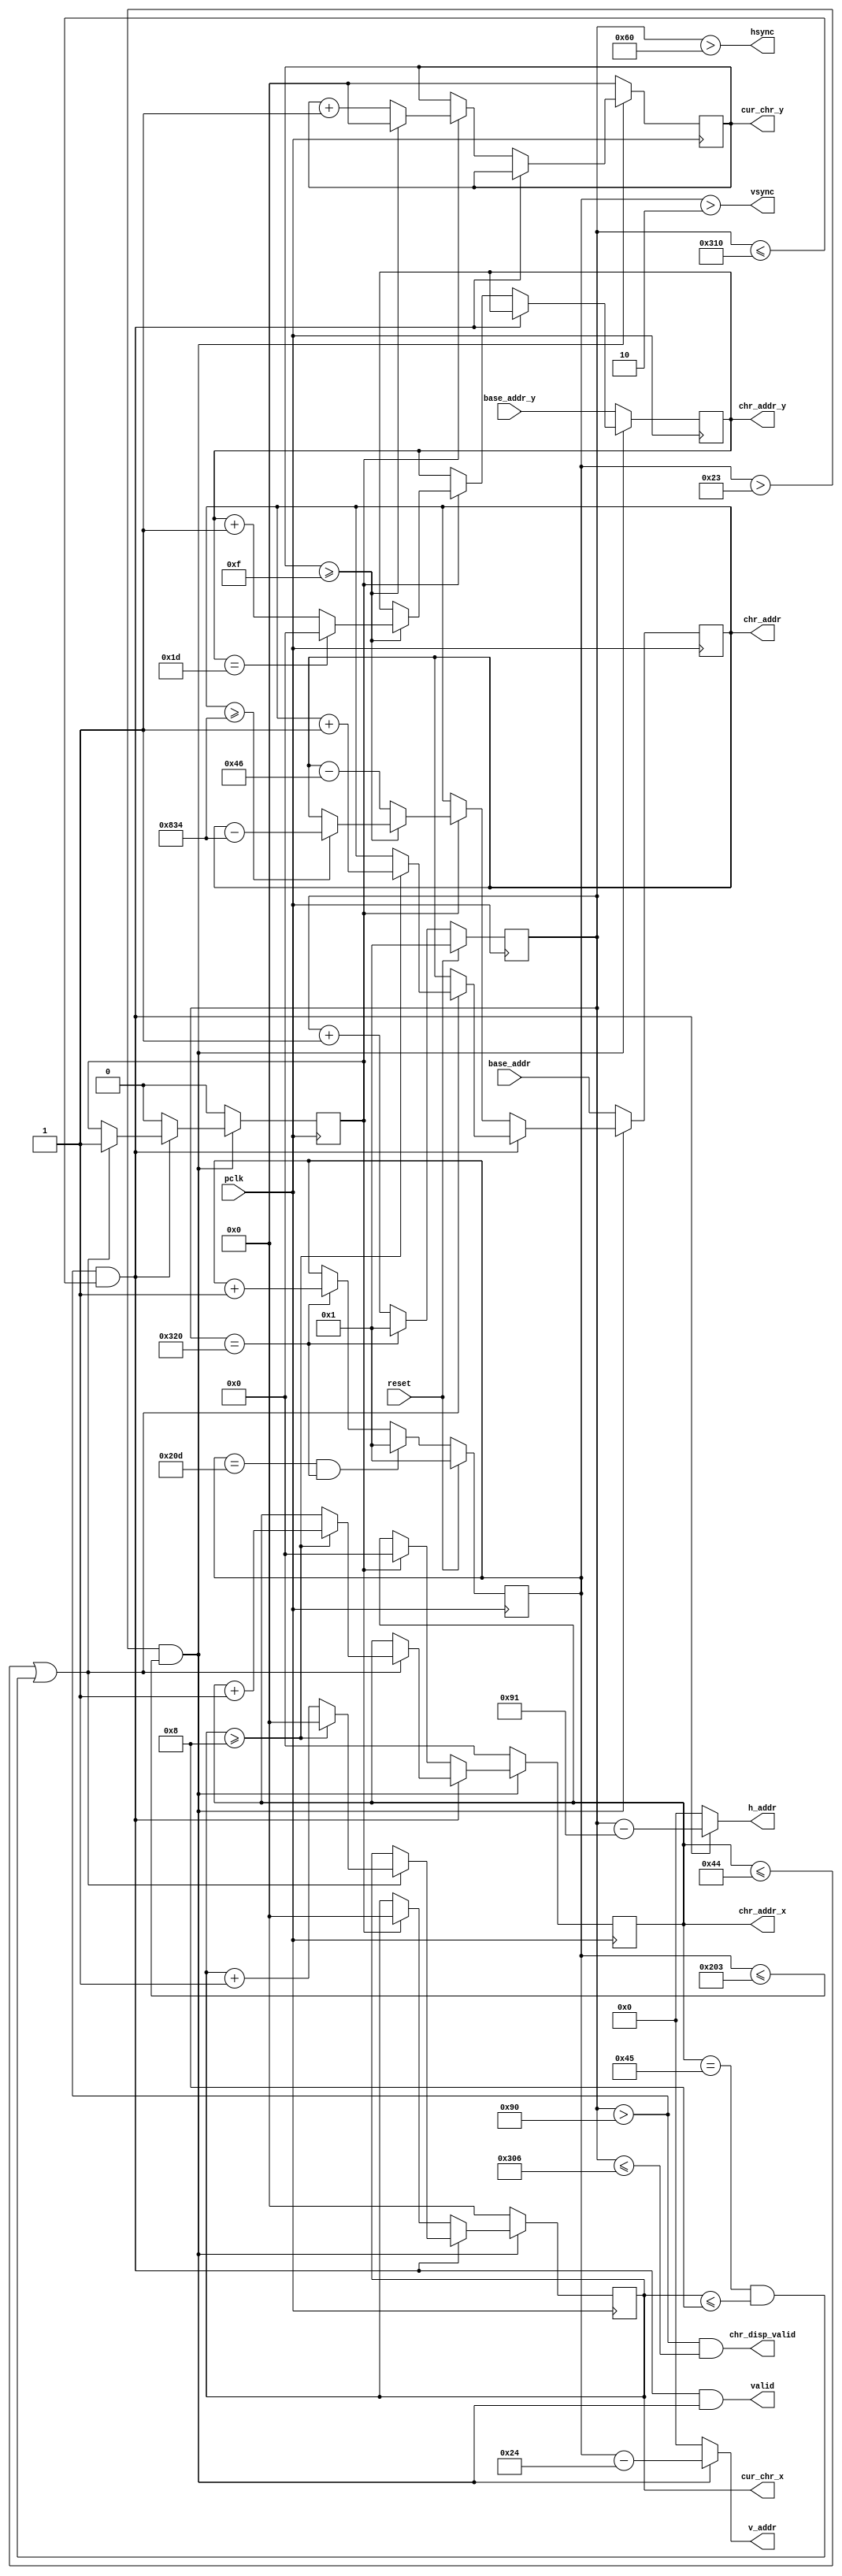
module VGA_Controller(
	input pclk,
	input reset,
	output hsync,
	output vsync,
	output valid,
	// character display related
	input  [11:0] base_addr,
	input  [7:0]  base_addr_y,
	output [9:0]  h_addr,
	output [9:0]  v_addr,
	output [7:0]  chr_addr_x,
	output [3:0]  cur_chr_x,
	output [7:0]  chr_addr_y,
	output [3:0]  cur_chr_y,
	output [11:0] chr_addr,
	output chr_disp_valid
);

	parameter h_frontporch = 96;
	parameter h_active = 144;
	parameter h_backporch = 784;
	parameter h_total = 800;

	parameter v_frontporch = 2;
	parameter v_active = 35;
	parameter v_backporch = 515;
	parameter v_total = 525;

	parameter chr_width = 9;
	parameter chr_height = 16;
	parameter chr_cols = 70;
	parameter chr_rows = 30;
	parameter chr_count = chr_cols * chr_rows;

	reg [9:0] x_cnt;
	reg [9:0] y_cnt;
	reg [3:0] _cur_chr_x, _cur_chr_y;
	reg [7:0] _chr_addr_x, _chr_addr_y;
	reg [11:0] _chr_addr;
	reg wait_nl;

	wire h_valid;
	wire v_valid;

	initial begin
		x_cnt <= 10'd0;
		y_cnt <= 10'd0;
		_cur_chr_x <= 10'd0;
		_cur_chr_y <= 10'd0;
		_chr_addr <= 12'd0;
		wait_nl <= 1'b0;
	end

	always @(posedge pclk) begin
		if (!v_valid) begin
			// reset everything
			_cur_chr_x <= 0;
			_cur_chr_y <= 0;
			_chr_addr_x <= 0;
			_chr_addr_y <= base_addr_y;
			_chr_addr <= base_addr;
			wait_nl <= 0;
		end else begin
			if (h_valid) begin
				if (_chr_addr_x <= 68 || (_chr_addr_x == 69 && _cur_chr_x <= 8)) begin
					if (_cur_chr_x >= chr_width - 1) begin
						_cur_chr_x <= 0;
						// next character
						_chr_addr_x <= _chr_addr_x + 10'd1;
						_chr_addr <= _chr_addr + 12'd1;
					end else begin
						_cur_chr_x <= _cur_chr_x + 4'd1;
					end
					wait_nl <= 1;
				end
			end else if (wait_nl) begin
				// new line; increase y
				wait_nl <= 0;
				_cur_chr_x <= 0;
				_chr_addr_x <= 0;
				if (_cur_chr_y >= chr_height - 1) begin
					_cur_chr_y <= 0;
					if (_chr_addr_y == chr_rows - 1)
						_chr_addr_y <= 0;
					else
						_chr_addr_y <= _chr_addr_y + 8'd1;
					if (_chr_addr >= chr_rows * chr_cols)
						_chr_addr <= _chr_addr - chr_rows * chr_cols;
				end else begin
					_cur_chr_y <= _cur_chr_y + 10'd1;
					_chr_addr <= _chr_addr - chr_cols;
				end
			end
		end
	end

	always @(posedge pclk) begin
		if (reset == 1'b1) begin
			x_cnt <= 1;
		end else begin
			if (x_cnt == h_total) begin
				x_cnt <= 1;
			end else begin
				x_cnt <= x_cnt + 10'd1;
			end
		end

		if (reset == 1'b1)
			y_cnt <= 1;
		else begin
			if (y_cnt == v_total & x_cnt == h_total)
				y_cnt <= 1;
			else if (x_cnt == h_total)
				y_cnt <= y_cnt + 10'd1;
		end
	end

	assign hsync = (x_cnt > h_frontporch);
	assign vsync = (y_cnt > v_frontporch);

	assign h_valid = (x_cnt > h_active) & (x_cnt <= h_backporch);
	assign v_valid = (y_cnt > v_active) & (y_cnt <= v_backporch);
	assign valid = h_valid & v_valid;

	assign h_addr = h_valid ? (x_cnt - 10'd145) : {10{1'b0}};
	assign v_addr = v_valid ? (y_cnt - 10'd36 ) : {10{1'b0}};

	assign cur_chr_x = _cur_chr_x;
	assign cur_chr_y = _cur_chr_y;
	assign chr_addr_x = _chr_addr_x;
	assign chr_addr_y = _chr_addr_y;
	assign chr_addr = _chr_addr;

	assign chr_disp_valid = (x_cnt > h_active) & (x_cnt <= h_backporch - 10);

endmodule